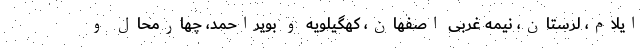
ایلام، لرستان، نیمه غربی اصفهان، کهگیلویه و بویراحمد، چهارمحال و